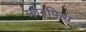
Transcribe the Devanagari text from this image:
मॉनफिस